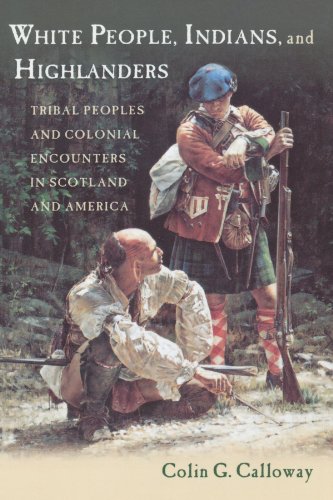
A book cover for White People, Indians, and Highlanders: Tribal People and Colonial Encounters in Scotland and America; Colin G. Calloway; History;